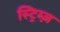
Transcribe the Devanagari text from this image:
स्ट्रिम्ज़